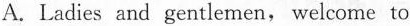
A. Ladies and gentlemen, welcome to